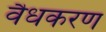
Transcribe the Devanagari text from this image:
वैधकरण